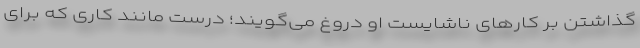
گذاشتن بر کارهای ناشایست او دروغ می‌گویند؛ درست مانند کاری که برای